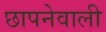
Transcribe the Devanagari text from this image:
छापनेवाली